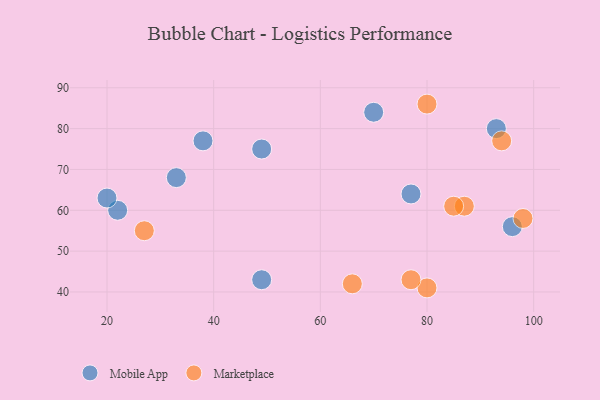
{"axis": {"x": "GDP", "y": "Life Expectancy"}, "legend": ["Marketplace", "Mobile App"], "data": [{"x": "33", "y": 68, "type": "Mobile App"}, {"x": "38", "y": 77, "type": "Mobile App"}, {"x": "49", "y": 75, "type": "Mobile App"}, {"x": "22", "y": 60, "type": "Mobile App"}, {"x": "70", "y": 84, "type": "Mobile App"}, {"x": "96", "y": 56, "type": "Mobile App"}, {"x": "77", "y": 64, "type": "Mobile App"}, {"x": "20", "y": 63, "type": "Mobile App"}, {"x": "93", "y": 80, "type": "Mobile App"}, {"x": "49", "y": 43, "type": "Mobile App"}, {"x": "98", "y": 58, "type": "Marketplace"}, {"x": "80", "y": 41, "type": "Marketplace"}, {"x": "87", "y": 61, "type": "Marketplace"}, {"x": "80", "y": 86, "type": "Marketplace"}, {"x": "94", "y": 77, "type": "Marketplace"}, {"x": "85", "y": 61, "type": "Marketplace"}, {"x": "66", "y": 42, "type": "Marketplace"}, {"x": "27", "y": 55, "type": "Marketplace"}, {"x": "77", "y": 43, "type": "Marketplace"}]}